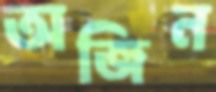
অজিন